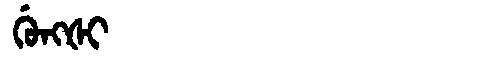
Manchu: ᡤᡠᠩᡧᡳ
Romanization: GUNGŠI